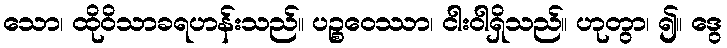
သော၊ ထိုဝိသာခရဟန်းသည်။ ပဉ္စဝေဿာ၊ ငါးဝါရှိသည်။ ဟုတွာ၊ ၍။ ဒွေ